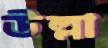
উল্লা